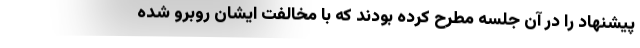
پیشنهاد را در آن جلسه مطرح کرده بودند که با مخالفت ایشان روبرو شده